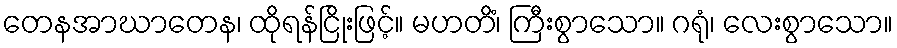
တေနအာဃာတေန၊ ထိုရန်ငြိုးဖြင့်။ မဟတိံ၊ ကြီးစွာသော။ ဂရုံ၊ လေးစွာသော။